Report of the Municipal Commissioner on the plague in Bombay for the year ending 31st May... - Volume 3
Disease focus: Plague
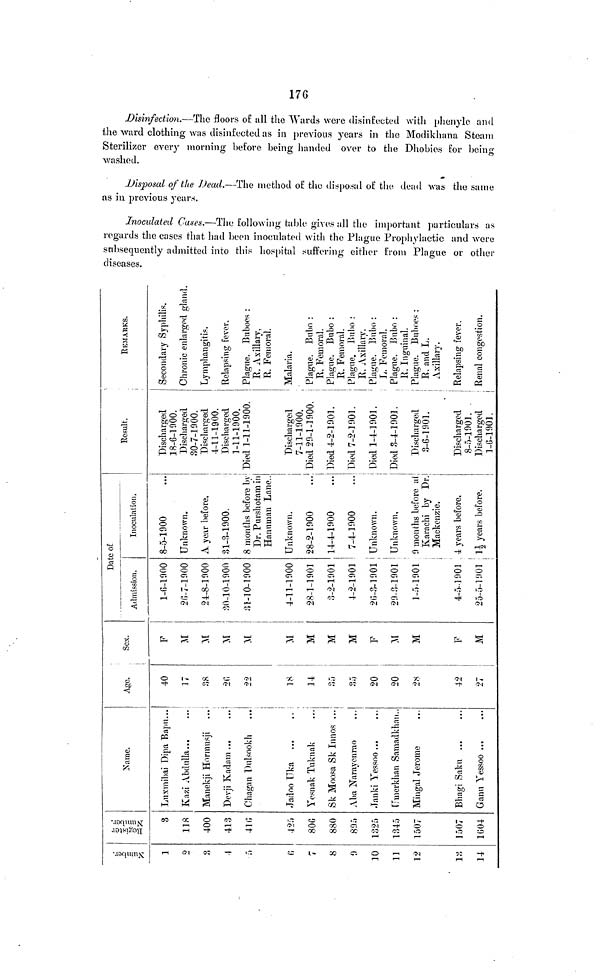
Number.
1
2
3
4
5
6
7
8
9
10
11
12
13
14
Register Number
3
118
400
413
416
425
800
880
895
1325
1345
1507
1507
1604
Name.
Luxmibai Dipa Bapu...
Kazi Abdulla
Manekji Hormusji
Devji Kadam ...
Chagan Dulsookh
Jadoo Uka
Yesnak Tuknak
Sk Moosa Sk Innos ...
Aba Narayenrao
Janki Yessoo...
Umerkhan Samadkhan..
Mingal Jerome
Bhagi Saku
Gann Yessoo
Age.
40
17
38
26
22
18
14
35
35
20
20
28
42
27
Sex.
F
M
M
M
M
M
M
M
M
F
M
M
F
M
Date of
Admission.
1-6-1900
26-7-1900
24-8-1000
30-10-1900
31-10-1000
4-11-1000
28-1-1901
3-2-1001
4-2-1901
26-3-1001
20-3-1001
1-5-1901
4-5-1001 ' ,
25-5-1901
Inoculation.
8-5-1900
Unknown.
A year before.
31-3-1900.
8 months before by
Dr. Purshotam in
Hanuman Lane..
Unknown.
28-2-1000
14-4-1900
7-4-1900
Unknown.
Unknown,
9 months before at
Karachi by Dr.
Mackenzie.
4 years before.
11/2 years before.
Result.
Discharged
18-6-1900.
18-6-1900.
Discharged
30-7-1900.
Discharged
4-11-1900.
Discharged
1-11-1900.
Died 1-11-1900.
Discharged
7-11-1900.
Died 29-1-1900.
Died 4-2-1901.
Died 7-2-1901.
Died 1-4-1901.
Died 3-4-1901.
Discharged
3-6-1901.
Discharged
8-5-1901.
Discharged
1-6-1901.
REMARKS.
Secondary Syphilis.
Chronic enlarged gland.
Lymphangitis.
Relapsing fever.
Plague. Buboes:
E. Axillary,
R. Femoral.
Malaria.
Plague. Bubo :
R. Femoral.
Plague. Bubo :
R. Femoral.
Plague. Bubo :
R. Axillary.
Plague. Bnbo:
L. Femoral.
Plague. Bubo:
R. Inguinal.
Plague. Buboes:
R. and L.
Axillary.
Relapsing fever.
Renal congestion.
Disinfection.—The floors of all the Wards were disinfe
the ward clothing was disinfected as in previous years in the M
Sterilizer every morning before being handed over to the Dho
washed.
Disposal of the Dead.—The method of the disposal of th
as in previous years.
Inoculated Cases.—The following table gives all the im
regards the cases that had been inoculated with the Plague Pr
subsequently admitted into this hospital suffering either from
diseases.
176